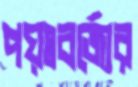
পয়ঃবর্জ্যের